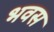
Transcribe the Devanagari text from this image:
भवस